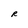
Character: R